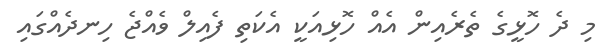
މި ދެ ހޮޅީގެ ތެރެއިން އެއް ހޮޅިއަކީ އެކަތި ފެއިލް ވެއްޖެ ހިނދެއްގައި